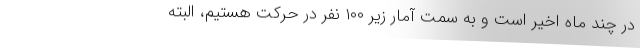
در چند ماه اخیر است و به سمت آمار زیر ۱۰۰ نفر در حرکت هستیم، البته